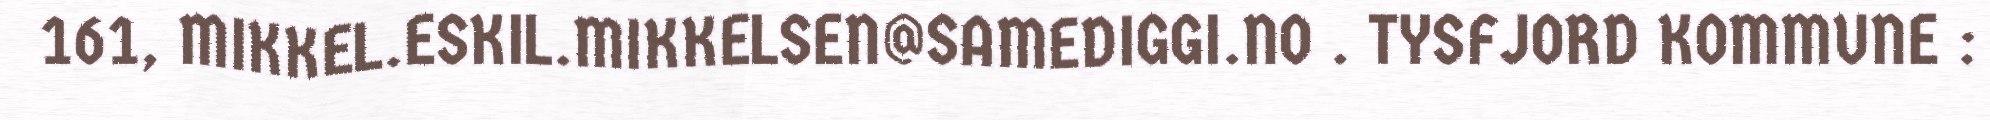
161, MIKKEL.ESKIL.MIKKELSEN@SAMEDIGGI.NO . TYSFJORD KOMMUNE :